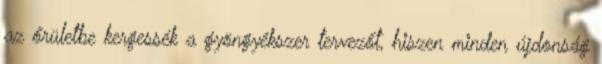
az őrületbe kergessék a gyöngyékszer tervezőt, hiszen minden újdonság